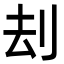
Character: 刦